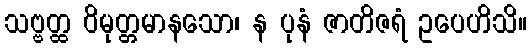
သဗ္ဗတ္ထ ဝိမုတ္တမာနသော၊ န ပုနံ ဇာတိဇရံ ဥပေဟိသိ။